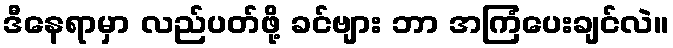
ဒီနေရာမှာ လည်ပတ်ဖို့ ခင်ဗျား ဘာ အကြံပေးချင်လဲ။